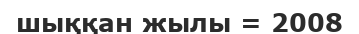
шыққан жылы = 2008